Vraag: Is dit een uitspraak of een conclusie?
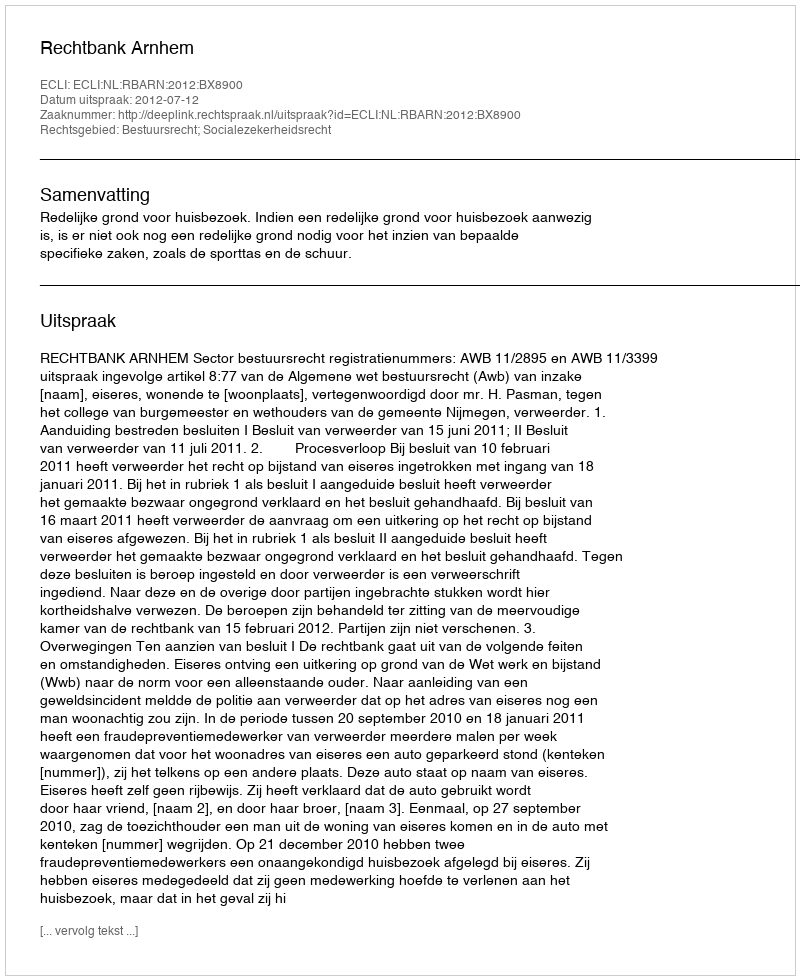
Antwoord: Uitspraak